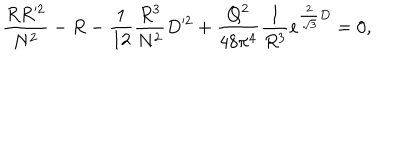
{ \frac { R R ^ { \prime 2 } } { N ^ { 2 } } } - R - { \frac { 1 } { 1 2 } } { \frac { R ^ { 3 } } { N ^ { 2 } } } D ^ { \prime 2 } + { \frac { Q ^ { 2 } } { 4 8 \pi ^ { 4 } } } { \frac { 1 } { R ^ { 3 } } } e ^ { { \frac { 2 } { \sqrt 3 } } D } = 0 ,